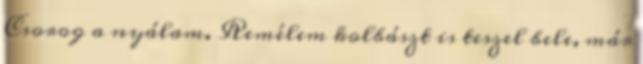
Csorog a nyálam. Remélem kolbászt is teszel bele, már